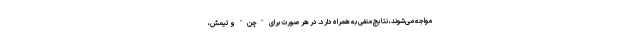
مواجه می‌شوند، نتایج منفی به همراه دارد. در هر صورت برای "چن" و تیمش،